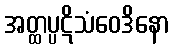
အတ္ထပ္ပဋိသံဝေဒိနော